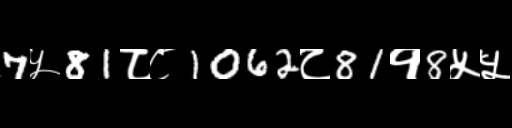
Text: 7५81८८1062८81१8५५